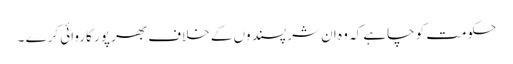
حکومت کو چاہے کہ وہ ان شر پسند وں کے خلاف بھر پور کاروائی کرے ۔